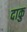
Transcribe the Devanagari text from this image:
दाकु